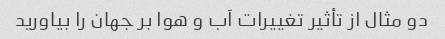
دو مثال از تأثیر تغییرات آب و هوا بر جهان را بیاورید